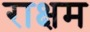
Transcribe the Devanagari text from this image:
राक्षम